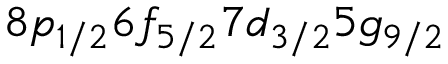
8 p _ { 1 / 2 } 6 f _ { 5 / 2 } 7 d _ { 3 / 2 } 5 g _ { 9 / 2 }